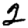
Digit: 2